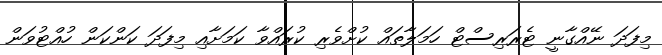
މިފަދަ ނޭއްގާނީ ޓެރަރިސްޓް ހަމަލާތައް ކުށްވެރި ކުރައްވާ ކަމަށާއި މިފަދަ ކަންކަން ހުއްޓުވަން